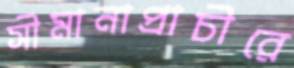
সীমানাপ্রাচীরে